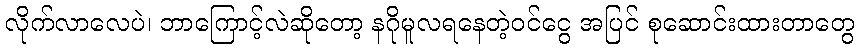
လိုက်လာလေပဲ၊ ဘာကြောင့်လဲဆိုတော့ နဂိုမူလရနေတဲ့ဝင်ငွေ အပြင် စုဆောင်းထားတာတွေ